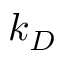
k _ { D }